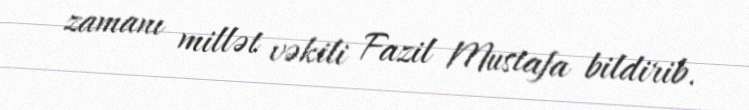
zamanı millət vəkili Fazil Mustafa bildirib.